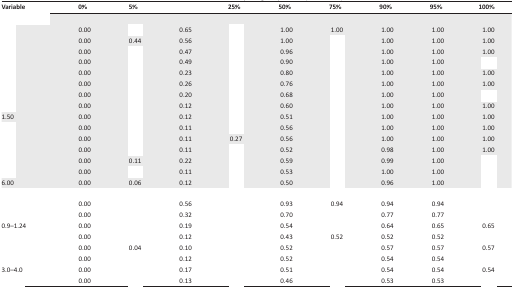
<table><thead><tr><td><b>Variable</b></td><td><b>0%</b></td><td><b>5%</b></td><td>[EMPTY_CELL]</td><td><b>25%</b></td><td><b>50%</b></td><td><b>75%</b></td><td><b>90%</b></td><td><b>95%</b></td><td><b>100%</b></td></tr></thead><tbody><tr><td colspan="10">[EMPTY_CELL]</td></tr><tr><td>[EMPTY_CELL]</td><td>0.00</td><td>[EMPTY_CELL]</td><td>0.65</td><td>[EMPTY_CELL]</td><td>1.00</td><td>1.00</td><td>1.00</td><td>1.00</td><td>1.00</td></tr><tr><td>[EMPTY_CELL]</td><td>0.00</td><td>0.44</td><td>0.56</td><td>[EMPTY_CELL]</td><td>1.00</td><td>[EMPTY_CELL]</td><td>1.00</td><td>1.00</td><td>1.00</td></tr><tr><td>[EMPTY_CELL]</td><td>0.00</td><td>[EMPTY_CELL]</td><td>0.47</td><td>[EMPTY_CELL]</td><td>0.96</td><td>[EMPTY_CELL]</td><td>1.00</td><td>1.00</td><td>1.00</td></tr><tr><td>[EMPTY_CELL]</td><td>0.00</td><td>[EMPTY_CELL]</td><td>0.49</td><td>[EMPTY_CELL]</td><td>0.90</td><td>[EMPTY_CELL]</td><td>1.00</td><td>1.00</td><td>[EMPTY_CELL]</td></tr><tr><td>[EMPTY_CELL]</td><td>0.00</td><td>[EMPTY_CELL]</td><td>0.23</td><td>[EMPTY_CELL]</td><td>0.80</td><td>[EMPTY_CELL]</td><td>1.00</td><td>1.00</td><td>1.00</td></tr><tr><td>[EMPTY_CELL]</td><td>0.00</td><td>[EMPTY_CELL]</td><td>0.26</td><td>[EMPTY_CELL]</td><td>0.76</td><td>[EMPTY_CELL]</td><td>1.00</td><td>1.00</td><td>1.00</td></tr><tr><td>[EMPTY_CELL]</td><td>0.00</td><td>[EMPTY_CELL]</td><td>0.20</td><td>[EMPTY_CELL]</td><td>0.68</td><td>[EMPTY_CELL]</td><td>1.00</td><td>1.00</td><td>[EMPTY_CELL]</td></tr><tr><td>[EMPTY_CELL]</td><td>0.00</td><td>[EMPTY_CELL]</td><td>0.12</td><td>[EMPTY_CELL]</td><td>0.60</td><td>[EMPTY_CELL]</td><td>1.00</td><td>1.00</td><td>1.00</td></tr><tr><td>1.50</td><td>0.00</td><td>[EMPTY_CELL]</td><td>0.12</td><td>[EMPTY_CELL]</td><td>0.51</td><td>[EMPTY_CELL]</td><td>1.00</td><td>1.00</td><td>1.00</td></tr><tr><td>[EMPTY_CELL]</td><td>0.00</td><td>[EMPTY_CELL]</td><td>0.11</td><td>[EMPTY_CELL]</td><td>0.56</td><td>[EMPTY_CELL]</td><td>1.00</td><td>1.00</td><td>1.00</td></tr><tr><td>[EMPTY_CELL]</td><td>0.00</td><td>[EMPTY_CELL]</td><td>0.11</td><td>0.27</td><td>0.56</td><td>[EMPTY_CELL]</td><td>1.00</td><td>1.00</td><td>1.00</td></tr><tr><td>[EMPTY_CELL]</td><td>0.00</td><td>[EMPTY_CELL]</td><td>0.11</td><td>[EMPTY_CELL]</td><td>0.52</td><td>[EMPTY_CELL]</td><td>0.98</td><td>1.00</td><td>1.00</td></tr><tr><td>[EMPTY_CELL]</td><td>0.00</td><td>0.11</td><td>0.22</td><td>[EMPTY_CELL]</td><td>0.59</td><td>[EMPTY_CELL]</td><td>0.99</td><td>1.00</td><td>[EMPTY_CELL]</td></tr><tr><td>[EMPTY_CELL]</td><td>0.00</td><td>[EMPTY_CELL]</td><td>0.11</td><td>[EMPTY_CELL]</td><td>0.53</td><td>[EMPTY_CELL]</td><td>1.00</td><td>1.00</td><td>[EMPTY_CELL]</td></tr><tr><td>6.00</td><td>0.00</td><td>0.06</td><td>0.12</td><td>[EMPTY_CELL]</td><td>0.50</td><td>[EMPTY_CELL]</td><td>0.96</td><td>1.00</td><td>[EMPTY_CELL]</td></tr><tr><td colspan="10">[EMPTY_CELL]</td></tr><tr><td>[EMPTY_CELL]</td><td>0.00</td><td>[EMPTY_CELL]</td><td>0.56</td><td>[EMPTY_CELL]</td><td>0.93</td><td>0.94</td><td>0.94</td><td>0.94</td><td>[EMPTY_CELL]</td></tr><tr><td>[EMPTY_CELL]</td><td>0.00</td><td>[EMPTY_CELL]</td><td>0.32</td><td>[EMPTY_CELL]</td><td>0.70</td><td>[EMPTY_CELL]</td><td>0.77</td><td>0.77</td><td>[EMPTY_CELL]</td></tr><tr><td>0.9–1.24</td><td>0.00</td><td>[EMPTY_CELL]</td><td>0.19</td><td>[EMPTY_CELL]</td><td>0.54</td><td>[EMPTY_CELL]</td><td>0.64</td><td>0.65</td><td>0.65</td></tr><tr><td>[EMPTY_CELL]</td><td>0.00</td><td>[EMPTY_CELL]</td><td>0.12</td><td>[EMPTY_CELL]</td><td>0.43</td><td>0.52</td><td>0.52</td><td>0.52</td><td>[EMPTY_CELL]</td></tr><tr><td>[EMPTY_CELL]</td><td>0.00</td><td>0.04</td><td>0.10</td><td>[EMPTY_CELL]</td><td>0.52</td><td>[EMPTY_CELL]</td><td>0.57</td><td>0.57</td><td>0.57</td></tr><tr><td>[EMPTY_CELL]</td><td>0.00</td><td>[EMPTY_CELL]</td><td>0.12</td><td>[EMPTY_CELL]</td><td>0.52</td><td>[EMPTY_CELL]</td><td>0.54</td><td>0.54</td><td>[EMPTY_CELL]</td></tr><tr><td>3.0–4.0</td><td>0.00</td><td>[EMPTY_CELL]</td><td>0.17</td><td>[EMPTY_CELL]</td><td>0.51</td><td>[EMPTY_CELL]</td><td>0.54</td><td>0.54</td><td>0.54</td></tr><tr><td>[EMPTY_CELL]</td><td>0.00</td><td>[EMPTY_CELL]</td><td>0.13</td><td>[EMPTY_CELL]</td><td>0.46</td><td>[EMPTY_CELL]</td><td>0.53</td><td>0.53</td><td>[EMPTY_CELL]</td></tr></tbody></table>